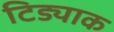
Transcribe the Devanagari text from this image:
टिड्याक